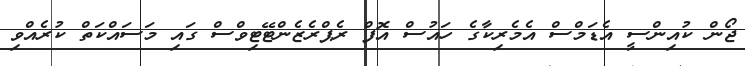
ޖޯން ކުއިންސީ އެޑަމްސް އެމެރިކާގެ ހައުސް އޮފް ރެޕްރެޒެންޓޭޓިވްސް ގައި މަސައްކަތް ކުރެއްވި